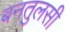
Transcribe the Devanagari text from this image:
बनतुलसी